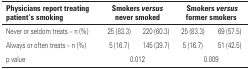
<table><thead><tr><td><b>Physicians report treating patient&#x27;s smoking</b></td><td colspan="2"><b>Smokers <i>versus</i> never smoked</b></td><td colspan="2"><b>Smokers <i>versus</i> former smokers</b></td></tr></thead><tbody><tr><td>Never or seldom treats – n (%)</td><td>25 (83.3)</td><td>220 (60.3)</td><td>25 (83.3)</td><td>69 (57.5)</td></tr><tr><td>Always or often treats – n (%)</td><td>5 (16.7)</td><td>145 (39.7)</td><td>5 (16.7)</td><td>51 (42.5)</td></tr><tr><td>p value</td><td colspan="2">0.012</td><td colspan="2">0.009</td></tr></tbody></table>